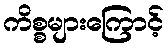
ကိစ္စများကြောင့်